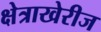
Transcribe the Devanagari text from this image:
क्षेत्राखेरीज